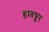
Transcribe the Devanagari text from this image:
हातपूर